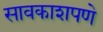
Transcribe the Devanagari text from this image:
सावकाशपणे